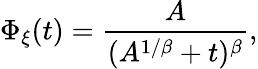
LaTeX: \Phi_{\xi}(t)=\frac{A}{(A^{1/\beta}+t)^{\beta}},